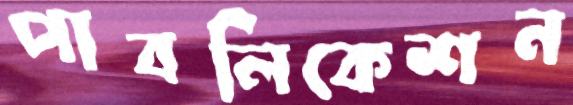
পাবলিকেশন